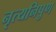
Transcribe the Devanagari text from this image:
नृत्यनिपुण